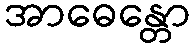
အာဓေန္တော